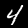
Digit: 4